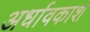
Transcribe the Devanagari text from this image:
अर्धावकाश